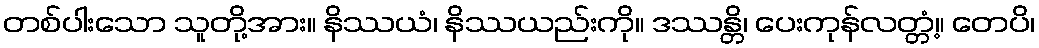
တစ်ပါးသော သူတို့အား။ နိဿယံ၊ နိဿယည်းကို။ ဒဿန္တိ၊ ပေးကုန်လတ္တံ့။ တေပိ၊